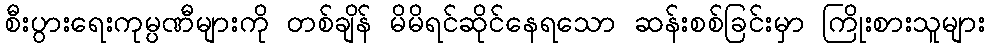
စီးပွားရေးကုမ္ပဏီများကို တစ်ချိန် မိမိရင်ဆိုင်နေရသော ဆန်းစစ်ခြင်းမှာ ကြိုးစားသူများ